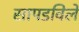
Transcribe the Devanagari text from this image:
सापडविले